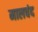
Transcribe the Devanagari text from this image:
मालचंद